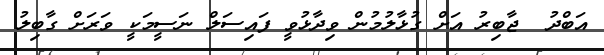
އަބްދު  ޖާބިރު އަށް ގުޅާލުމުން ވިދާޅުވީ ފައިސަލް ނަސީމަކީ ވަރަށް ގާބިލު